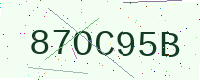
Text: 87OC95B